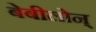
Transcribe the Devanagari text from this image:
बेबीलोन्